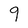
Character: 9